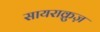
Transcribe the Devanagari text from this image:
सायराक्रुज़